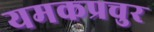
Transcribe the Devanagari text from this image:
यमकप्रचुर